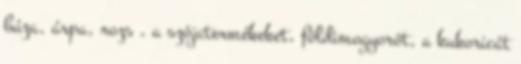
búza, árpa, rozs , a szójatermékeket, földimogyorót, a kukoricát